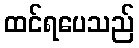
ထင်ရပေသည်